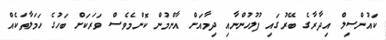
ކައުންސިލް އިދާރާގެ ބޭރުގައި ފުލުހުންނާއި ދިމާއަށް އާންމުން ކޮންމެވެސް ވަރަކަށް ބަހުގެ ހަމަލާތަކެއް